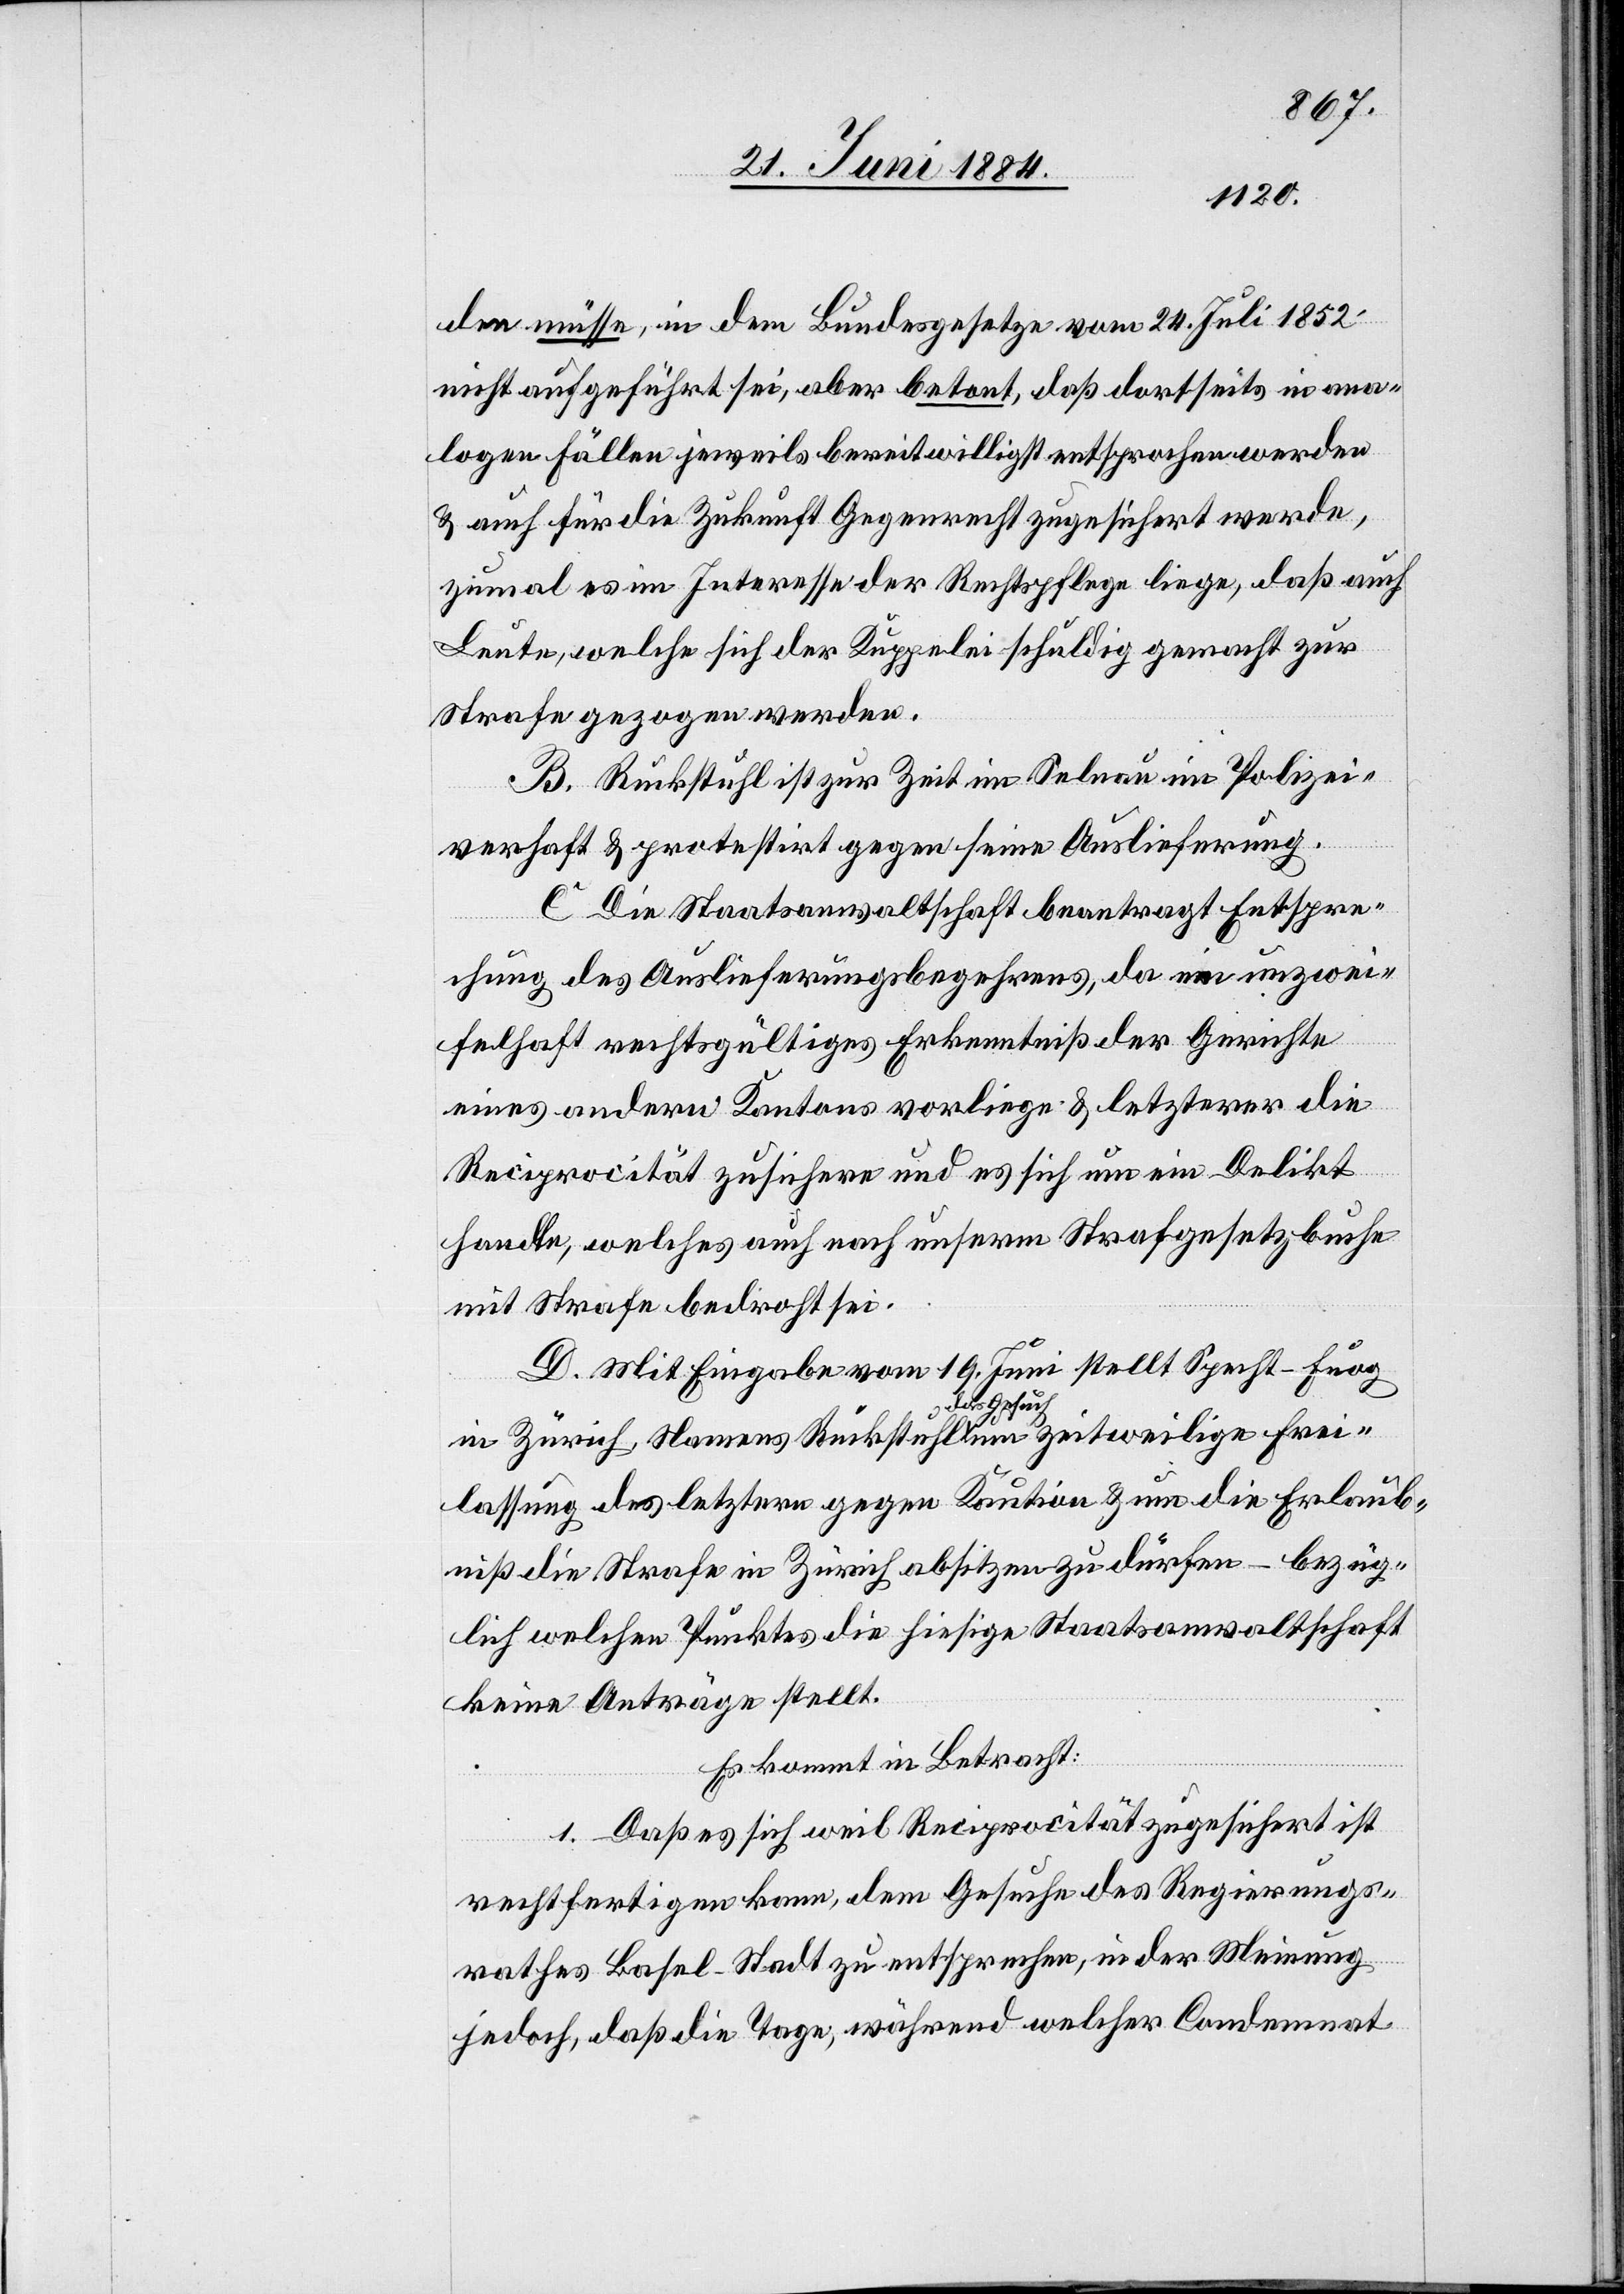
den müsse, in dem Bundesgesetze vom 24. Juli 1852
nicht aufgeführt sei, aber betont, daß dortseits in ana¬
logen Fällen jeweils bereitwilligst entsprochen werden
& auch für die Zukunft Gegenrecht zugesichert werde,
zumal es im Interesse der Rechtspflege liege, daß auch
Leute, welche sich der Kuppelei schuldig gemacht zur
Strafe gezogen werden.
B. Ruckstuhl ist zur Zeit im Selnau in Polizei¬
verhaft & protestirt gegen seine Auslieferung.
C. Die Staatsanwaltschaft beantragt Entspre¬
chung des Auslieferungsbegehrens, da ein unzwei¬
felhaft rechtsgültiges Erkenntniß der Gerichte
eines andern Kantons vorliege & letzterer die
Reciprocität zusichere und es sich um ein Delikt
handle, welches auch nach unserm Strafgesetzbuche
mit Strafe bedroht sei.
D. Mit Eingabe vom 19. Juni stellt Specht-Fuog
lige Frei¬
lassung des letztern gegen Kaution & um die Erlaub¬
niß die Strafe in Zürich absitzen zu dürfen – bezüg¬
lich welchen Punktes die hiesige Staatsanwaltschaft
keine Anträge stellt.
Es kommt in Betracht:
1. Daß es sich weil Reciprocität zugesichert ist
rechtfertigen kann, dem Gesuche des Regierungs¬
rathes Basel-Stadt zu entsprechen, in der Meinung
jedoch, daß die Tage, während welcher Condemnat